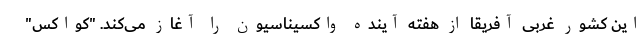
این کشور غربی آفریقا از هفته آینده واکسیناسیون را آغاز می‌کند. "کواکس"